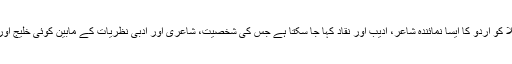
پنڈت آنند نرائن ملّاؔ کو اردو کا ایسا نمائندہ شاعر، ادیب اور نقاد کہا جا سکتا ہے جس کی شخصیت، شاعری اور ادبی نظریات کے مابین کوئی خلیج اور کھائی نہیں ہے۔